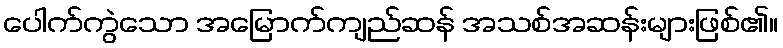
ပေါက်ကွဲသော အမြောက်ကျည်ဆန် အသစ်အဆန်းများဖြစ်၏။